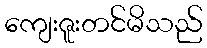
ကျေးဇူးတင်မိသည်